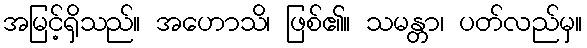
အမြင့်ရှိသည်။ အဟောသိ၊ ဖြစ်၏။ သမန္တာ၊ ပတ်လည်မှ။